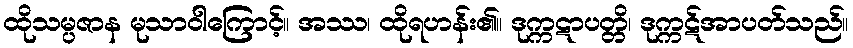
ထိုသမ္ပဇာန မုသာဝါကြောင့်။ အဿ၊ ထိုရဟန်း၏။ ဒုက္ကဋာပတ္တိ၊ ဒုက္ကဋ်အာပတ်သည်။